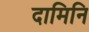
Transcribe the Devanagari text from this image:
दामिनि